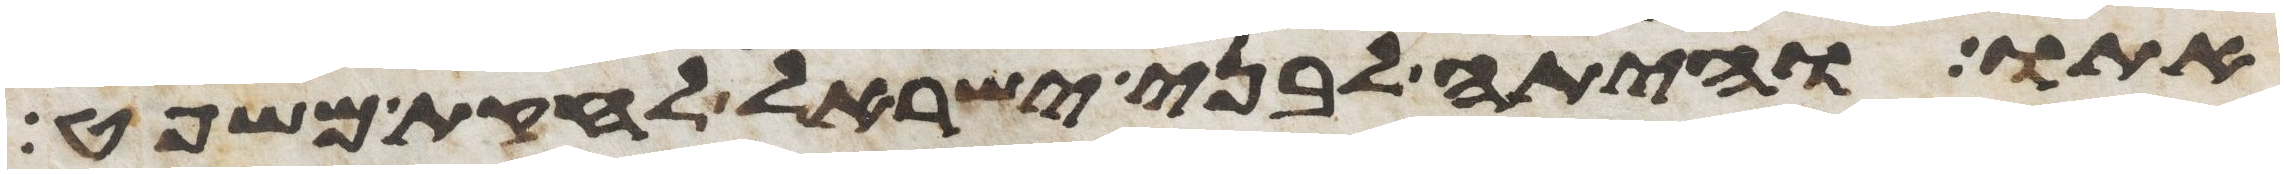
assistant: אתו והיתה לבני ישראל לחקת משפט